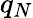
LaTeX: q_{N}